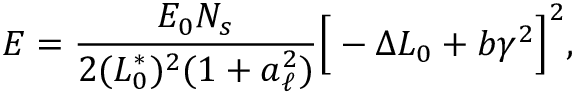
E = \frac { E _ { 0 } N _ { s } } { 2 ( L _ { 0 } ^ { \ast } ) ^ { 2 } ( 1 + a _ { \ell } ^ { 2 } ) } \Big [ - \Delta L _ { 0 } + b \gamma ^ { 2 } \Big ] ^ { 2 } ,